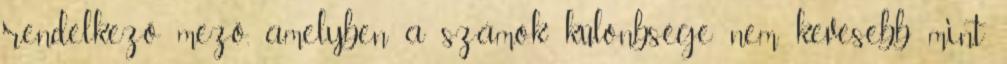
rendelkező mező, amelyben a számok különbsége nem kevesebb mint